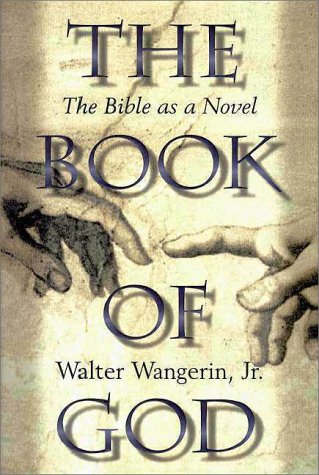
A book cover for The Book of God: The Bible as a Novel; Walter Wangerin Jr.; Christian Books & Bibles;